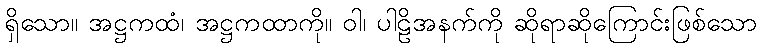
ရှိသော။ အဋ္ဌကထံ၊ အဋ္ဌကထာကို။ ဝါ၊ ပါဠိအနက်ကို ဆိုရာဆိုကြောင်းဖြစ်သော